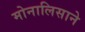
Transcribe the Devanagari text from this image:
मोनालिसाने